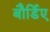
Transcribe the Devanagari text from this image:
बौर्डिए